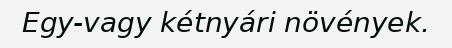
Egy-vagy kétnyári növények.